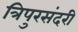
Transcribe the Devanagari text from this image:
त्रिपुरसंदरी